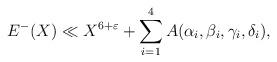
LaTeX: \begin{align*} E^-(X)\ll X^{6+\varepsilon}+\sum\limits_{i=1}^{4}A(\alpha_i,\beta_i,\gamma_i,\delta_i),\end{align*}